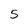
Character: 5